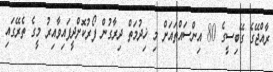
ރާއްޖޭގެ ގޭބިސީގެ 80 އިންސައްތައަށް މި ޚިދުމަތް ދިރާގުން ފޯރުކޮށްދީފައިވާއިރު މީގެ ތެރޭގައި